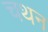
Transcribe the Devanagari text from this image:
चथन